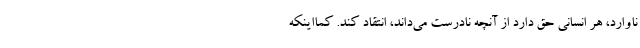
ناوارد، هر انسانی حق دارد از آنچه نادرست می‌داند، انتقاد کند. کمااینکه